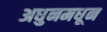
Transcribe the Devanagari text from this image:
अधुनमधून